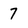
Character: 7